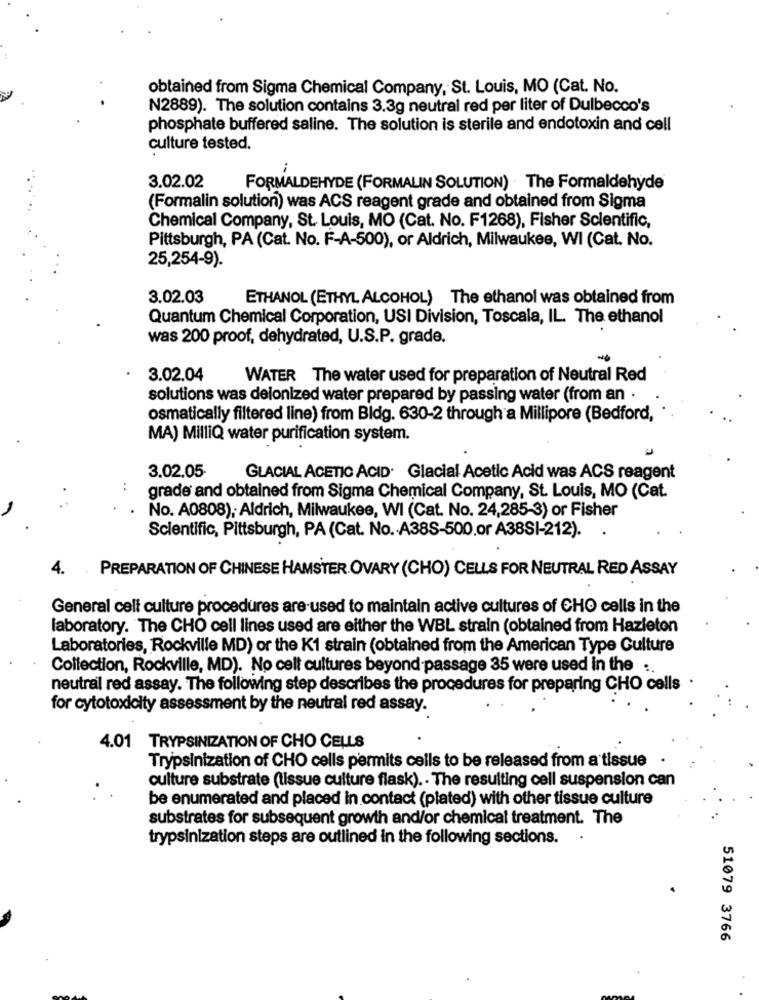
obtained from Sigma Chemical Company, St. Louis, MO (Cat. No.
N2889). The solution contains 3.3g neutral red per liter of Dulbecco's
phosphate buffered saline. The solution is sterile and endotoxin and cell
culture tested.
3.02.02
FORMALDEHYDE (FORMALIN SOLUTION) The Formaldehyde
(Formalin solution) was ACS reagent grade and obtained from Sigma
Chemical Company, St. Louis, MO (Cat. No. F1268), Fisher Scientific,
Pittsburgh, PA (Cat. No. F-A-500), or Aldrich, Milwaukee, WI (Cat. No.
25,254-9).
3.02.03
ETHANOL (ETHYL ALCOHOL) The ethanol was obtained from
Quantum Chemical Corporation, USI Division, Toscala, IL. The ethanol
was 200 proof, dehydrated, U.S.P. grade.
3.02.04
WATER The water used for preparation of Neutral Red
solutions was delonized water prepared by passing water (from an .
osmatically filtered line) from Bldg. 630-2 through a Millipore (Bedford,
MA) MilliQ water purification system.
3.02.05-
GLACIAL ACETIC ACID· Glacial Acetic Acid was ACS reagent
..
grade and obtained from Sigma Chemical Company, St. Louis, MO (Cat.
No. A0808), Aldrich, Milwaukee, WI (Cat. No. 24,285-3) or Fisher
Scientific, Pittsburgh, PA (Cat. No. A38S-500,or A38SI-212).
4.
PREPARATION OF CHINESE HAMSTER OVARY (CHO) CELLS FOR NEUTRAL RED ASSAY
General cell culture procedures are used to maintain active cultures of CHO cells in the
laboratory. The CHO cell lines used are either the WBL strain (obtained from Hazleton
Laboratories, Rockville MD) or the K1 strain (obtained from the American Type Culture
Collection, Rockville, MD). No cell cultures beyond passage 35 were used in the :.
neutral red assay. The following step describes the procedures for preparing CHO cells
for cytotoxicity assessment by the neutral red assay.
4.01 TRYPSINIZATION OF CHO CELLS
Trypsinization of CHO cells permits cells to be released from a tissue
culture substrate (tissue culture flask) .. The resulting cell suspension can
be enumerated and placed in contact (plated) with other tissue culture
substrates for subsequent growth and/or chemical treatment. The
trypsinization steps are outlined in the following sections.
51079 3766